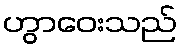
ဟွာဝေးသည်